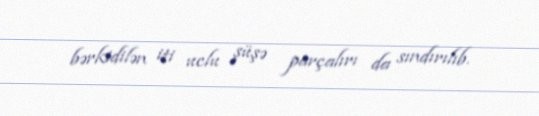
bərkidilən iti uclu şüşə parçalırı da sındırılıb.